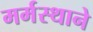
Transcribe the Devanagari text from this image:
मर्मस्थाने